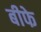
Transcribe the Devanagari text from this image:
बीफे